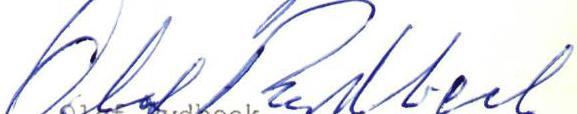
Olof Rydbeck